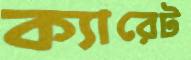
ক্যারেট